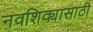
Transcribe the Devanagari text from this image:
नवशिक्यासाठी